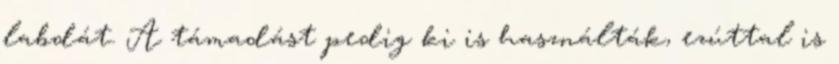
labdát. A támadást pedig ki is használták, ezúttal is